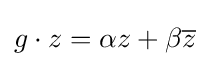
g\cdot z=\alpha z+\beta {\overline {z}}